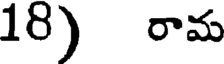
18) రామ